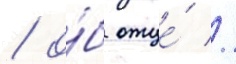
/ о́б отце́ //